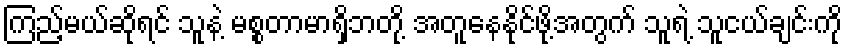
ကြည့်မယ်ဆိုရင် သူနဲ့ မစ္စတာမာရှိဘတို့ အတူနေနိုင်ဖို့အတွက် သူရဲ့ သူငယ်ချင်းကို